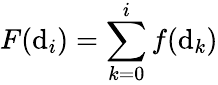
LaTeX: F(\mathrm{d}_{i})=\sum_{k=0}^{i}f(\mathrm{d}_{k})